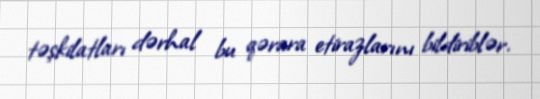
təşkilatları dərhal bu qərara etirazlarını bildiriblər.